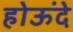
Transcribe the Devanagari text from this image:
होऊंदे